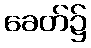
ခေတ်၌